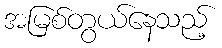
အမြစ်တွယ်နေသည့်